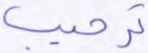
ترحيب